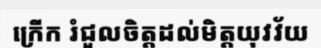
ក្រើក រំជួលចិត្តដល់មិត្តយុវវ័យ